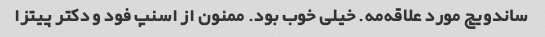
ساندویچ مورد علاقه‌مه. خیلی خوب بود. ممنون از اسنپ فود و دکتر پیتزا